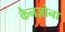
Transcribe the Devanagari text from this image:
कैनज़ोना